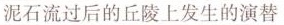
泥石流过后的丘陵上发生的演替